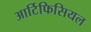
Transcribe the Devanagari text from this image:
आर्टिफिसियल